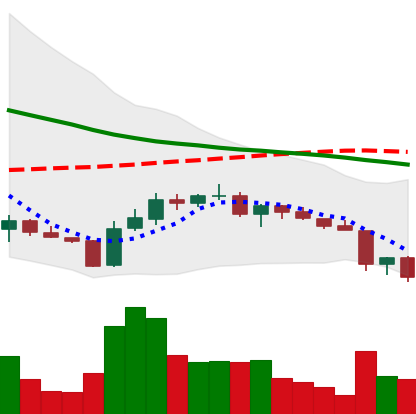
Ticker: ADA-USD
Chart end date: 2018-06-12
Forward return: -3.125%
Label: down_3_5